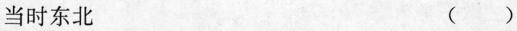
当时东北 ( )